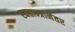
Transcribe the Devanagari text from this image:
स्वतान्त्रानंतर